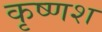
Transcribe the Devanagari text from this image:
कृष्णश